Indian journal of veterinary science and animal husbandry - Volumes 24-25, 1954-1955
Year: 1954
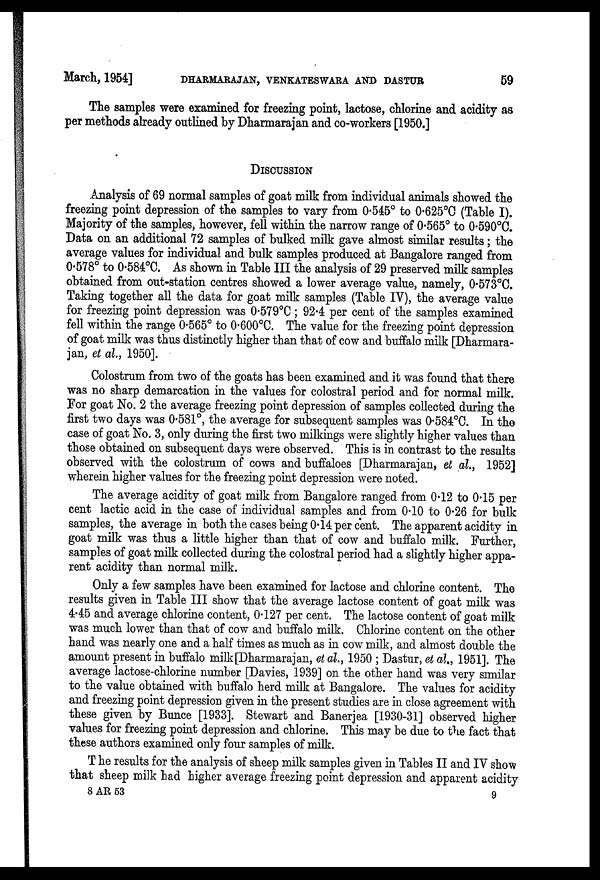
March, 1954] DHARMARAJAN, VENKATESWARA AND DASTUR 59
The samples were examined for freezing point, lactose, chlorine and acidity as
per methods already outlined by Dharmarajan and co-workers [1950.]
DISCUSSION
Analysis of 69 normal samples of goat milk from individual animals showed the
freezing point depression of the samples to vary from 0.545° to 0.625°O (Table I).
Majority of the samples, however, fell within the narrow range of 0.565° to 0.590°C.
Data on an additional 72 samples of bulked milk gave almost similar results; the
average values for individual and bulk samples produced at Bangalore ranged from
0.578° to 0.584°C. As shown in Table III the analysis of 29 preserved milk samples
obtained from out-station centres showed a lower average value, namely, 0.573°C.
Taking together all the data for goat milk samples (Table IV), the average value
for freezing point depression was 0.579°C; 92.4 per cent of the samples examined
fell within the range 0.565° to 0.600°C. The value for the freezing point depression
of goat milk was thus distinctly higher than that of cow and buffalo milk [Dharmara-
jan, et al., 1950].
Colostrum from two of the goats has been examined and it was found that there
was no sharp demarcation in the values for colostral period and for normal milk.
For goat No. 2 the average freezing point depression of samples collected during the
first two days was 0.581°, the average for subsequent samples was 0.584°C. In the
case of goat No. 3, only during the first two milkings were slightly higher values than
those obtained on subsequent days were observed. This is in contrast to the results
observed with the colostrum of cows and buffaloes [Dharmarajan, et al., 1952]
wherein higher values for the freezing point depression were noted.
The average acidity of goat milk from Bangalore ranged from 0.12 to 0.15 per
cent lactic acid in the case of individual samples and from 0.10 to 0.26 for bulk
samples, the average in both the cases being 0.14 per cent. The apparent acidity in
goat milk was thus a little higher than that of cow and buffalo milk. Further,
samples of goat milk collected during the colostral period had a slightly higher appa-
rent acidity than normal milk.
Only a few samples have been examined for lactose and chlorine content. The
results given in Table III show that the average lactose content of goat milk was
4.45 and average chlorine content, 0.127 per cent. The lactose content of goat milk
was much lower than that of cow and buffalo milk. Chlorine content on the other
hand was nearly one and a half times as much as in cow milk, and almost double the
amount present in buffalo milk [Dharmarajan, et al., 1950 ; Dastur, et al., 1951]. The
average lactose-chlorine number [Davies, 1939] on the other hand was very similar
to the value obtained with buffalo herd milk at Bangalore. The values for acidity
and freezing point depression given in the present studies are in close agreement with
these given by Bunce [1933]. Stewart and Banerjea [1930-31] observed higher
values for freezing point depression and chlorine. This may be due to the fact that
these authors examined only four samples of milk.
The results for the analysis of sheep milk samples given in Tables II and IV show
that sheep milk had higher average freezing point depression and apparent acidity
8 AR 53
9